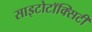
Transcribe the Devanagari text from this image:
साइटोटॉक्सिटी